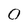
Character: 0